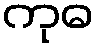
ကုဓ